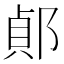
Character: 𨜓